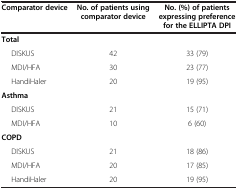
| Comparator device | No. of patients using comparator device | No. (%) of patients expressing preference for the ELLIPTA DPI |
 | --- | --- | --- |
 | <COLSPAN=3> Total |
 | DISKUS | 42 | 33 (79) |
 | MDI/HFA | 30 | 23 (77) |
 | HandiHaler | 20 | 19 (95) |
 | <COLSPAN=3> Asthma |
 | DISKUS | 21 | 15 (71) |
 | MDI/HFA | 10 | 6 (60) |
 | <COLSPAN=3> COPD |
 | DISKUS | 21 | 18 (86) |
 | MDI/HFA | 20 | 17 (85) |
 | HandiHaler | 20 | 19 (95) |